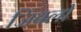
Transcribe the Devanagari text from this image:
जिंबलों